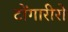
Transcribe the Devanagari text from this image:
टोंगारीरो